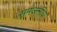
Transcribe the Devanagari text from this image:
समंजनीय